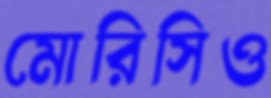
মোরিসিও